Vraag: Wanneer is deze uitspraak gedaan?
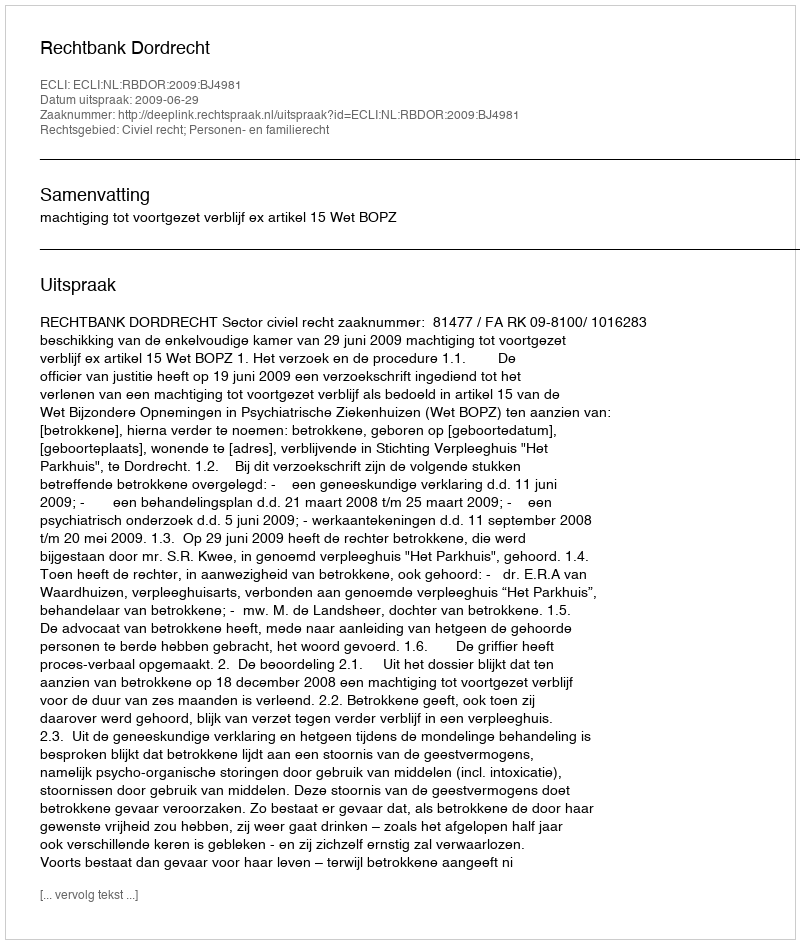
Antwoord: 2009-06-29